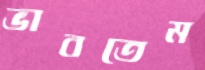
ভাবতেম